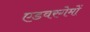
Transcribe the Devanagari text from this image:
एडवरगेमों